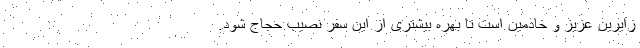
زایرین عزیز و خادمین است تا بهره بیشتری از این سفر نصیب حجاج شود.